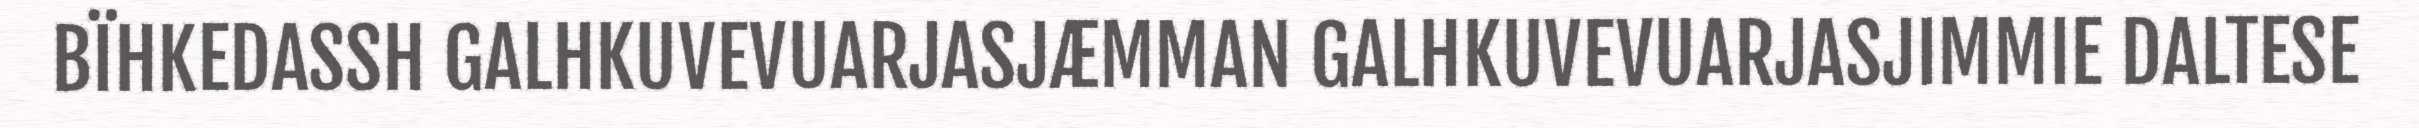
BÏHKEDASSH GALHKUVEVUARJASJÆMMAN GALHKUVEVUARJASJIMMIE DALTESE